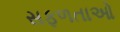
સફળતાઓ